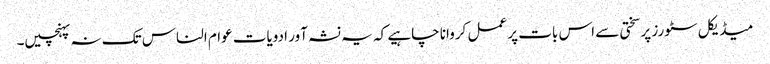
میڈیکل سٹورز پر سختی سے اس بات پر عمل کروانا چاہیے کہ یہ نشہ آور ادویات عوام الناس تک نہ پہنچیں۔